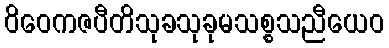
ဝိဝေကဇပီတိသုခသုခုမသစ္စသညီယေဝ